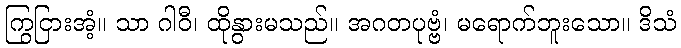
ကြွငြားအံ့။ သာ ဂါဝီ၊ ထိုနွားမသည်။ အဂတပုဗ္ဗံ၊ မရောက်ဘူးသော။ ဒိသံ